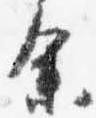
余